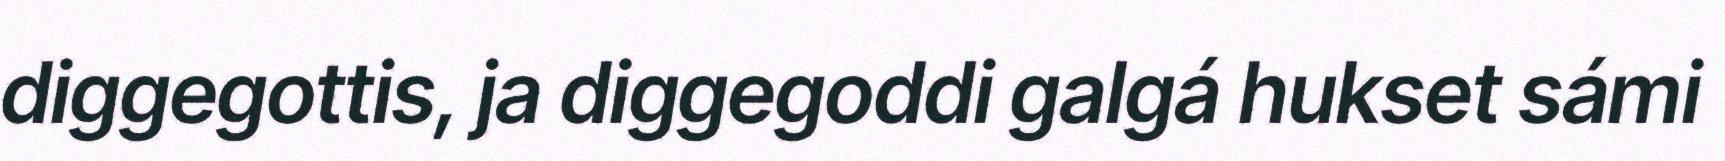
diggegottis, ja diggegoddi galgá hukset sámi